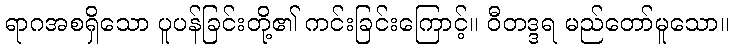
ရာဂအစရှိသော ပူပန်ခြင်းတို့၏ ကင်းခြင်းကြောင့်။ ဝီတဒ္ဒရ မည်တော်မူသော။